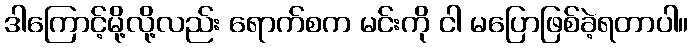
ဒါကြောင့်မို့လို့လည်း ရောက်စက မင်းကို ငါ မပြောဖြစ်ခဲ့ရတာပါ။